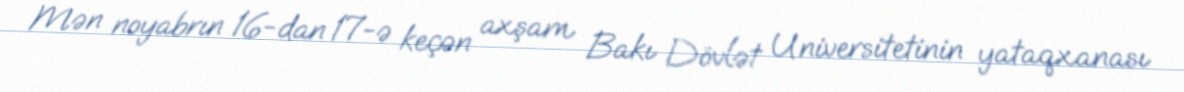
Mən noyabrın 16-dan 17-ə keçən axşam Bakı Dövlət Universitetinin yataqxanası